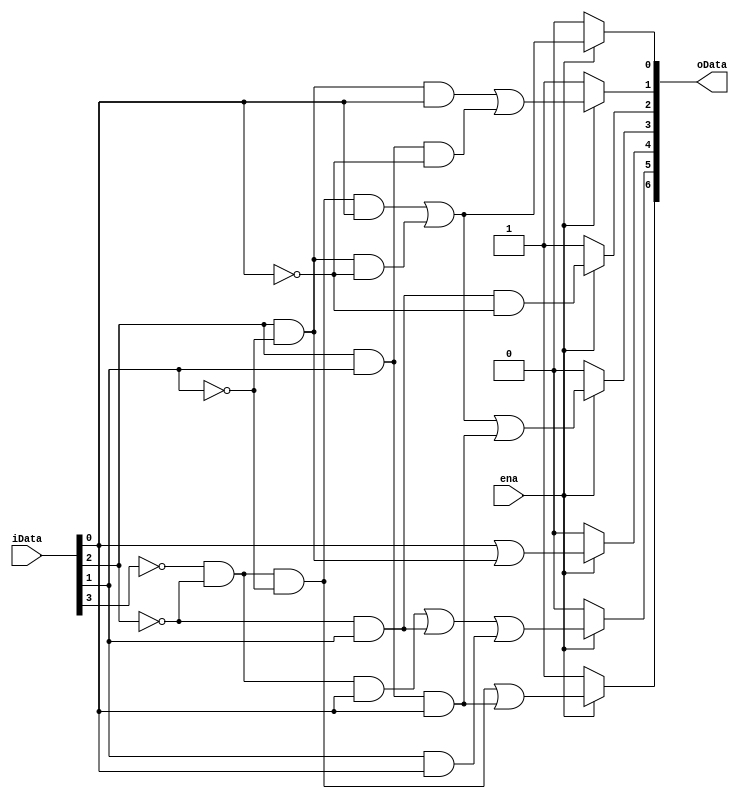
module display7(
    input ena,
    input [3:0] iData,
    output [6:0] oData
    );
    
    assign oData[6] = ena ? (~iData[3] & ~iData[2] & ~iData[1]) | (iData[2] & iData[1] & iData[0]) : 1'b1;
    assign oData[5] = ena ? (~iData[3] & ~iData[2] & iData[0]) | (~iData[2] & iData[1]) | (iData[1] & iData[0]) : 1'b0;
    assign oData[4] = ena ? iData[0] | (iData[2] & ~iData[1]) : 1'b0;
    assign oData[3] = ena ? (~iData[3] & ~iData[2] & ~iData[1] & iData[0]) | (iData[2] & ~iData[1] & ~iData[0]) | (iData[2] & iData[1] & iData[0]) : 1'b0;
    assign oData[2] = ena ? ~iData[2] & iData[1] & ~iData[0] : 1'b1;
    assign oData[1] = ena ? (iData[2] & ~iData[1] & iData[0]) | (iData[2] & iData[1] & ~iData[0]) : 1'b1;
    assign oData[0] = ena ? (~iData[3] & ~iData[2] & ~iData[1] & iData[0]) | (iData[2] & ~iData[1] & ~iData[0]) : 1'b0;
endmodule